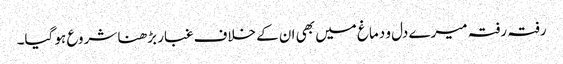
رفتہ رفتہ میرے دل و دماغ میں بھی ان کے خلاف غبار بڑھنا شروع ہو گیا۔